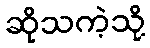
ဆိုသကဲ့သို့